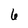
Character: 6